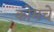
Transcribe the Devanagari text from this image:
कोमचे